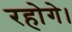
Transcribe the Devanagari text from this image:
रहोगे।